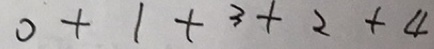
0 + 1 + 3 + 2 + 4